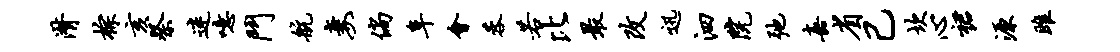
潸棕亥祭迷噫斗航妻倘阜会蓉若比最改迅泗院弛嘉省己坎心裙源雎